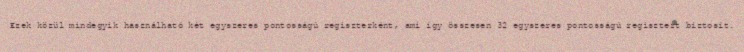
Ezek közül mindegyik használható két egyszeres pontosságú regiszterként, ami így összesen 32 egyszeres pontosságú regisztert biztosít.